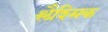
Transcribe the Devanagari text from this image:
श्लैश्मिक